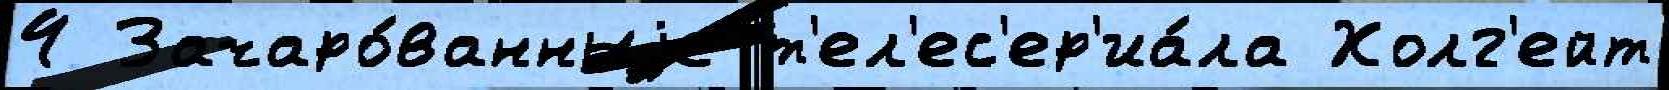
4 Зачаро́ванныjе т'ел'ес'ер'иа́ла Холг'ейт